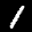
Label: 1